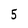
Character: 5